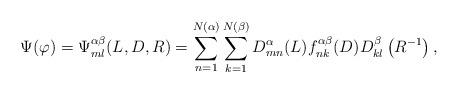
LaTeX: \begin{align*}\Psi(\varphi)=\Psi^{\alpha\beta}_{ml}(L,D,R)=\sum\limits^{N(\alpha)}_{n=1}\sum\limits^{N(\beta)}_{k=1}D^{\alpha}_{mn}(L)f^{\alpha\beta}_{nk}(D)D^{\beta}_{kl}\left(R^{-1}\right),\end{align*}